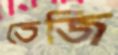
তেজি